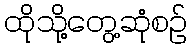
ထိုသို့တွေ့ဆုံစဉ်